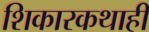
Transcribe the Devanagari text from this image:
शिकारकथाही